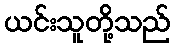
ယင်းသူတို့သည်